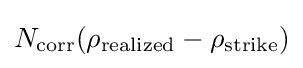
N_{\text{corr}}(\rho _{\text{realized}}-\rho _{\text{strike}})